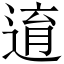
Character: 逳